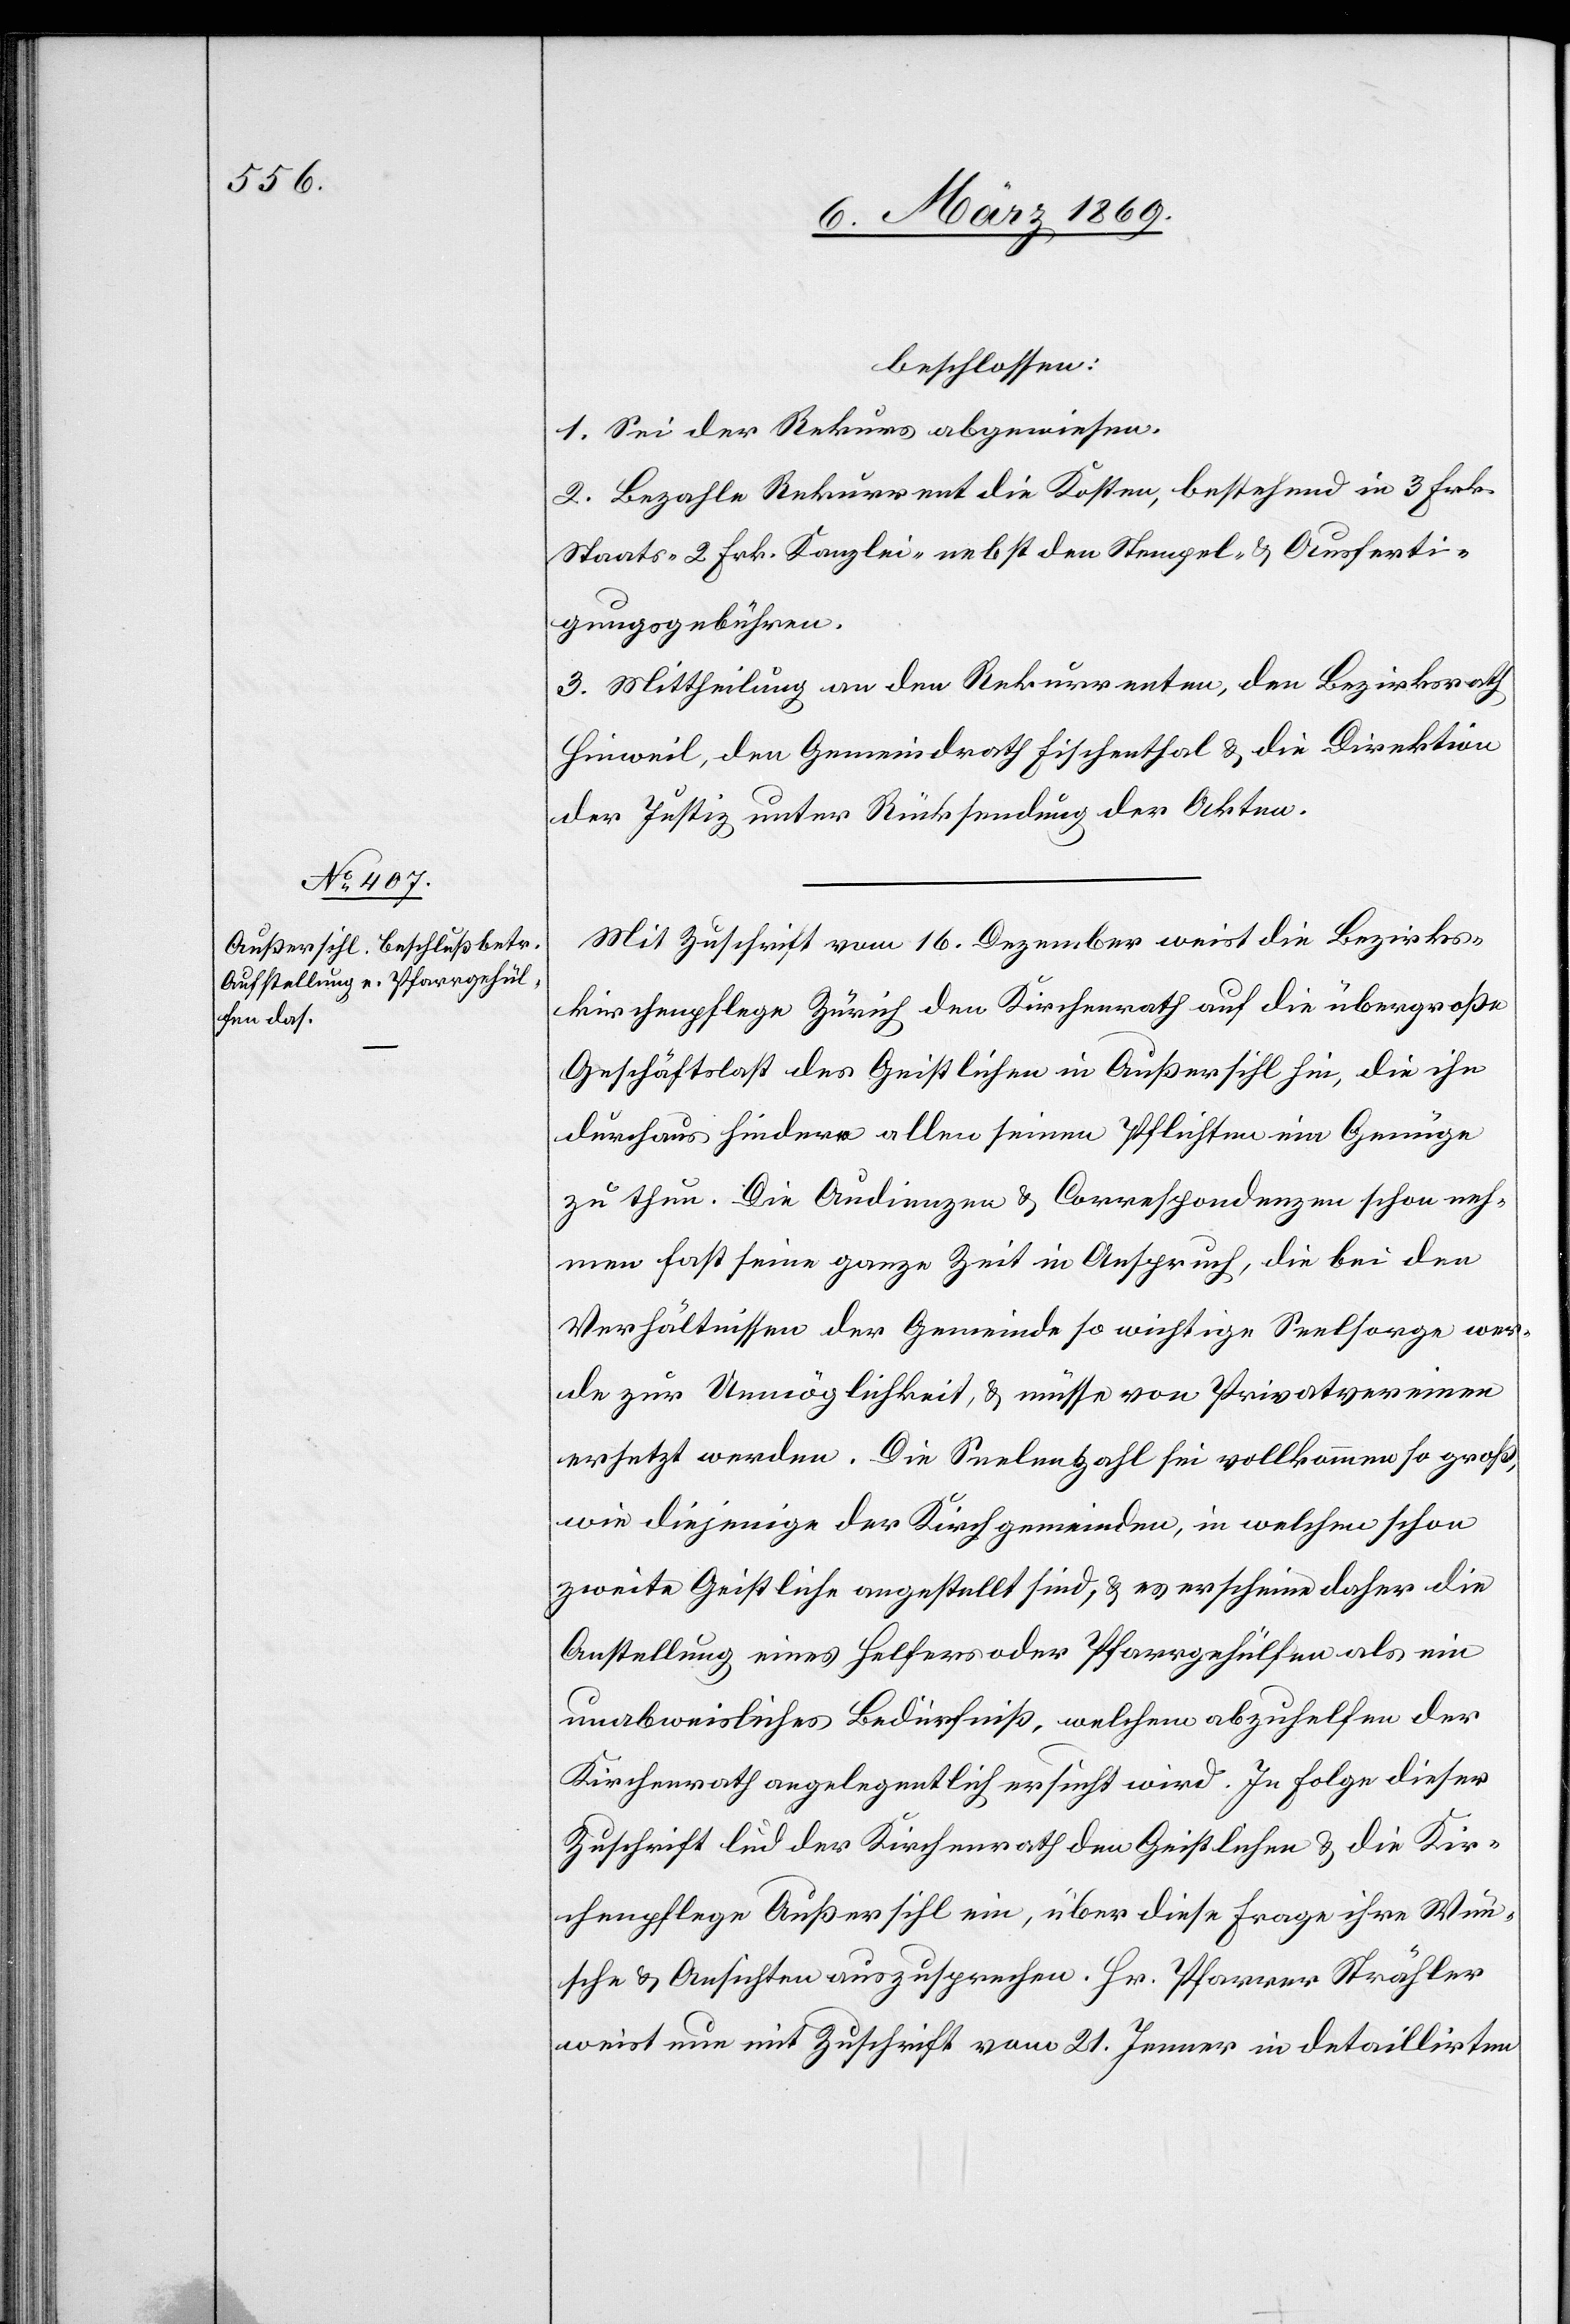
beschlossen:
1. Sei der Rekurs abgewiesen.
2. Bezahle Rekurrent die Kosten, bestehen in 3 Frk.
Staats-[,] 2 Frk Kanzlei- nebst den Stempel- & Ausferti¬
gungsgebühren.
3. Mittheilung an den Rekurrenten, den Bezirksrath
Hinweil, den Gemeindrath Fischenthal & die Direktion
der Justiz unter Rücksendung der Akten.
Mit Zuschrift vom 16. Dezember weist die Bezirkss¬
chulpflege Zürich den Kirchenrath auf die übergroße
Geschäftslast des Geistlichen in Außersihl hin, die ihn
durchaus hindere allen seinen Pflichten ein Genüge
zu thun. Die Audienzen & Correspondenzen schon neh¬
men fast seine ganze Zeit in Anspruch, die bei den
Verhältnissen der Gemeinde so wichtige Seelsorge wer¬
de zur Unmöglichkeit, & müsse von Privatvereinen
ersetzt werden. Die Seelenzahl sei vollkommen so groß,
wie diejenige der Kirchgemeinden, in welchen schon
zweite Geistliche angestellt sind, & es erscheine daher die
Anstellung eines Helfers oder Pfarrgehülfen als ein
unabweisliches Bedürfniß, welchem abzuhelfen der
Kirchenrath angelegentlich ersucht wird. In Folge dieser
Zuschrift lud der Kirchenrath den Geistlichen & die Kir¬
chenpflege Außersihl ein, über diese Frage ihre Wün¬
sche & Ansichten auszusprechen. Hr. Pfarrer Strähler
weist nun mit Zuschrift vom 21. Jenner in detaillirten